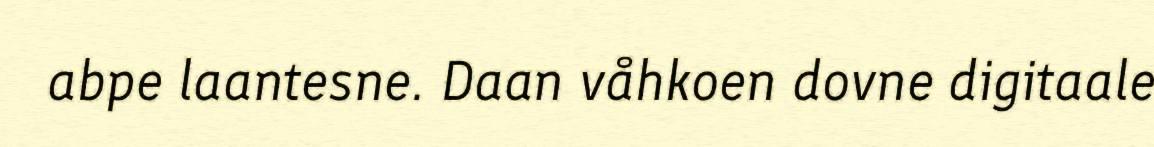
abpe laantesne. Daan våhkoen dovne digitaale